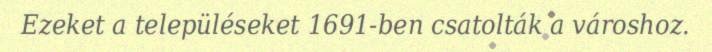
Ezeket a településeket 1691-ben csatolták a városhoz.